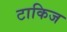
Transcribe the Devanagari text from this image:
टाकिज